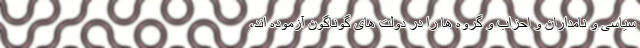
سیاسی و نامداران و احزاب و گروه ها را در دولت های گوناگون آزموده اند،